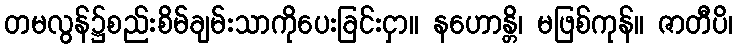
တမလွန်၌စည်းစိမ်ချမ်းသာကိုပေးခြင်းငှာ။ နဟောန္တိ၊ မဖြစ်ကုန်။ ဇာတီပိ၊